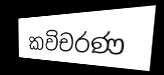
කවිචරණ